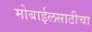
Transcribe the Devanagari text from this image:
मोबाईलसाठीचा